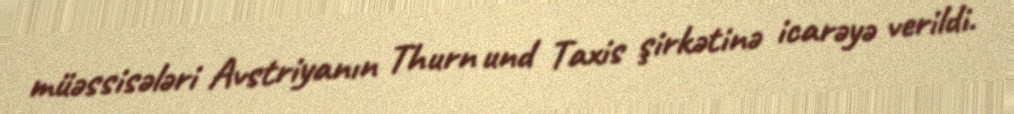
müəssisələri Avstriyanın Thurn und Taxis şirkətinə icarəyə verildi.